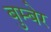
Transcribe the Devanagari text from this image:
बुम्बेर